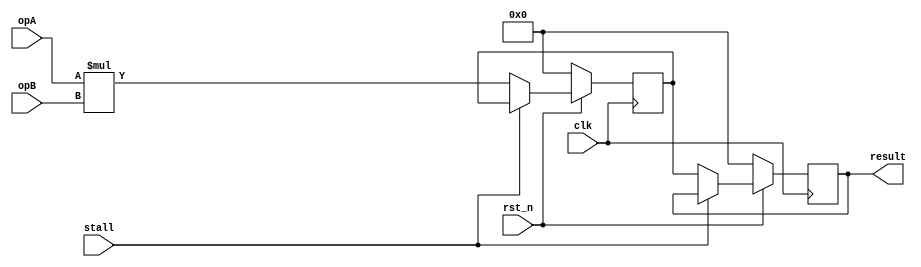
//simulates a 2-stage pipelined multiplier
module dum_mul (
    input clk,
    input rst_n,
    input stall,//should support stalling
    input [31: 0] opA,
    input [31: 0] opB,
    output [31: 0] result//register blocked
);
    reg [31: 0] a_stage1_r, b_stage1_r, a_stage1_w, b_stage1_w;
    reg [31: 0] first_mul_r, first_mul_w;
    reg [31: 0] result_r, result_w;
    assign result = result_r;

     always @(*) begin
        a_stage1_w = stall? a_stage1_r: opA;
        b_stage1_w = stall? b_stage1_r: opB;
        first_mul_w = stall? first_mul_r: opA * opB;//equivalent to EX/MEM
        result_w = stall? result_r: first_mul_r;//equivalent to MEM/WB
    end


    always @(posedge clk) begin
        if(!rst_n) begin
            a_stage1_r <= 0;
            b_stage1_r <= 0;
            first_mul_r <= 0;
            result_r <= 0;
        end
        else begin
            a_stage1_r <= a_stage1_w;
            b_stage1_r <= b_stage1_w;
            first_mul_r <= first_mul_w;
            result_r <= result_w;
        end
    end

endmodule